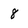
Character: 8